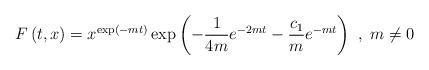
LaTeX: \begin{align*}F\left( t,x\right) =x^{\exp \left( -mt\right) }\exp \left( -\frac{1}{4m}e^{-2mt}-\frac{c_{1}}{m}e^{-mt}\right) ~,~m\neq 0\end{align*}